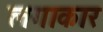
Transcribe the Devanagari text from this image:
लगाकार